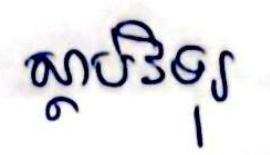
ស្ដាប់វិទុរ